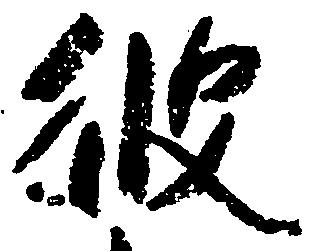
彼